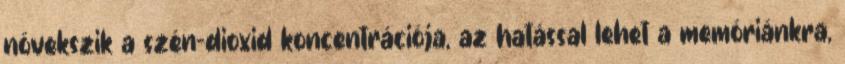
növekszik a szén-dioxid koncentrációja, az hatással lehet a memóriánkra,